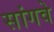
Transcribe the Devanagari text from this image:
सांगवे